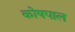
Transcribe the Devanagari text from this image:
कोषपाल